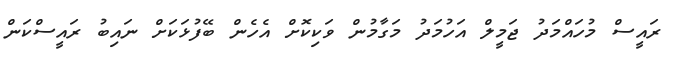
ރައީސް މުހައްމަދު ޖަމީލް އަހުމަދު މަގާމުން ވަކިކޮށް އެހެން ބޭފުޅަކަށް ނައިބު ރައީސްކަން